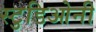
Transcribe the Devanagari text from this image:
स्टुडिओनी